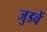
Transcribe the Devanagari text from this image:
जुडवें